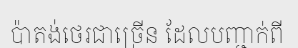
ប៉ាតង់ថេរជាច្រើន ដែលបញ្ជាក់ពី